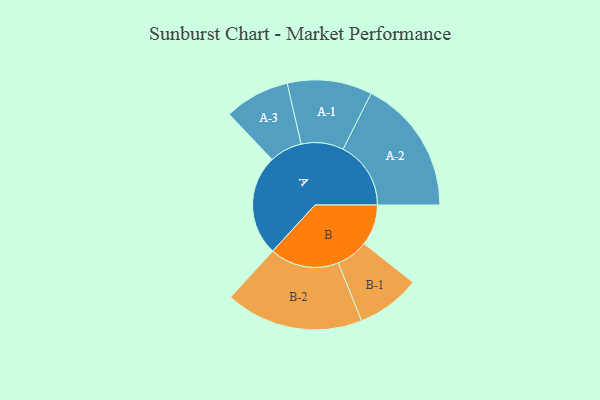
{"axis": {"x": "Segment", "y": "Value"}, "legend": ["", "A", "B"], "data": [{"x": "A", "y": 416, "type": ""}, {"x": "B", "y": 169, "type": ""}, {"x": "A-1", "y": 175, "type": "A"}, {"x": "A-2", "y": 280, "type": "A"}, {"x": "A-3", "y": 135, "type": "A"}, {"x": "B-1", "y": 132, "type": "B"}, {"x": "B-2", "y": 285, "type": "B"}]}